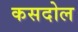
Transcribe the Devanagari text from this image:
कसदोल